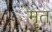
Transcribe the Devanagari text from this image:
मॄत